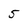
Character: 5